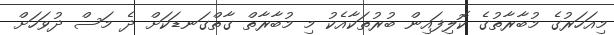
މިއަހަރުގެ މުބާރާތުގެ ކޮލިފައިން ބުރުތަކާއެކު މި މުބާރާތް ގާތްގަނޑަކަށް ދެ މަސް ދުވަހަށް